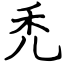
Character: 禿